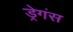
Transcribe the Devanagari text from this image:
ड्रेगंस